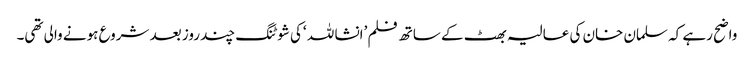
واضح رہے کہ سلمان خان کی عالیہ بھٹ کے ساتھ فلم ’انشا للہ ‘کی شوٹنگ چند روز بعد شروع ہونے والی تھی۔